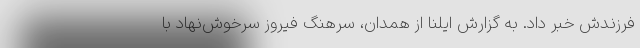
فرزندش خبر داد. به گزارش ایلنا از همدان، سرهنگ فیروز سرخوش‌نهاد با